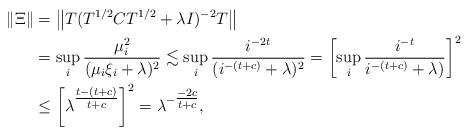
LaTeX: \begin{align*}\| \Xi\| &=\left\Vert T (T^{1/2} C T^{1/2} + \lambda I)^{-2} T\right\Vert \\&= \sup_{i} \frac{\mu_i^2}{(\mu_i\xi_i+ \lambda)^2}\lesssim \sup_i \frac{i^{-2t}}{(i^{-(t+c) } +\lambda)^2}= \left[ \sup_i \frac{i^{-t}}{i^{-(t+c) } +\lambda)}\right]^2\\&\leq \left[ \lambda^{\tfrac{t -(t+c)}{t+c}} \right]^2 = \lambda^{-\tfrac{-2c}{t+c}},\end{align*}